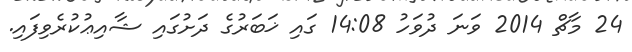
24 މާޗް 2014 ވަނަ ދުވަހު 14:08 ގައި ޚަބަރުގެ ދަށުގައި ޝާއިޢުކުރެވިފައި.